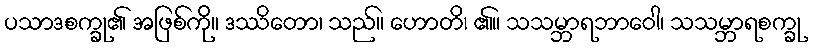
ပသာဒစက္ခု၏ အဖြစ်ကို။ ဒဿိတော၊ သည်။ ဟောတိ၊ ၏။ သသမ္ဘာရဘာဝေါ၊ သသမ္ဘာရစက္ခု